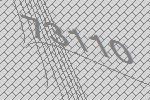
73110